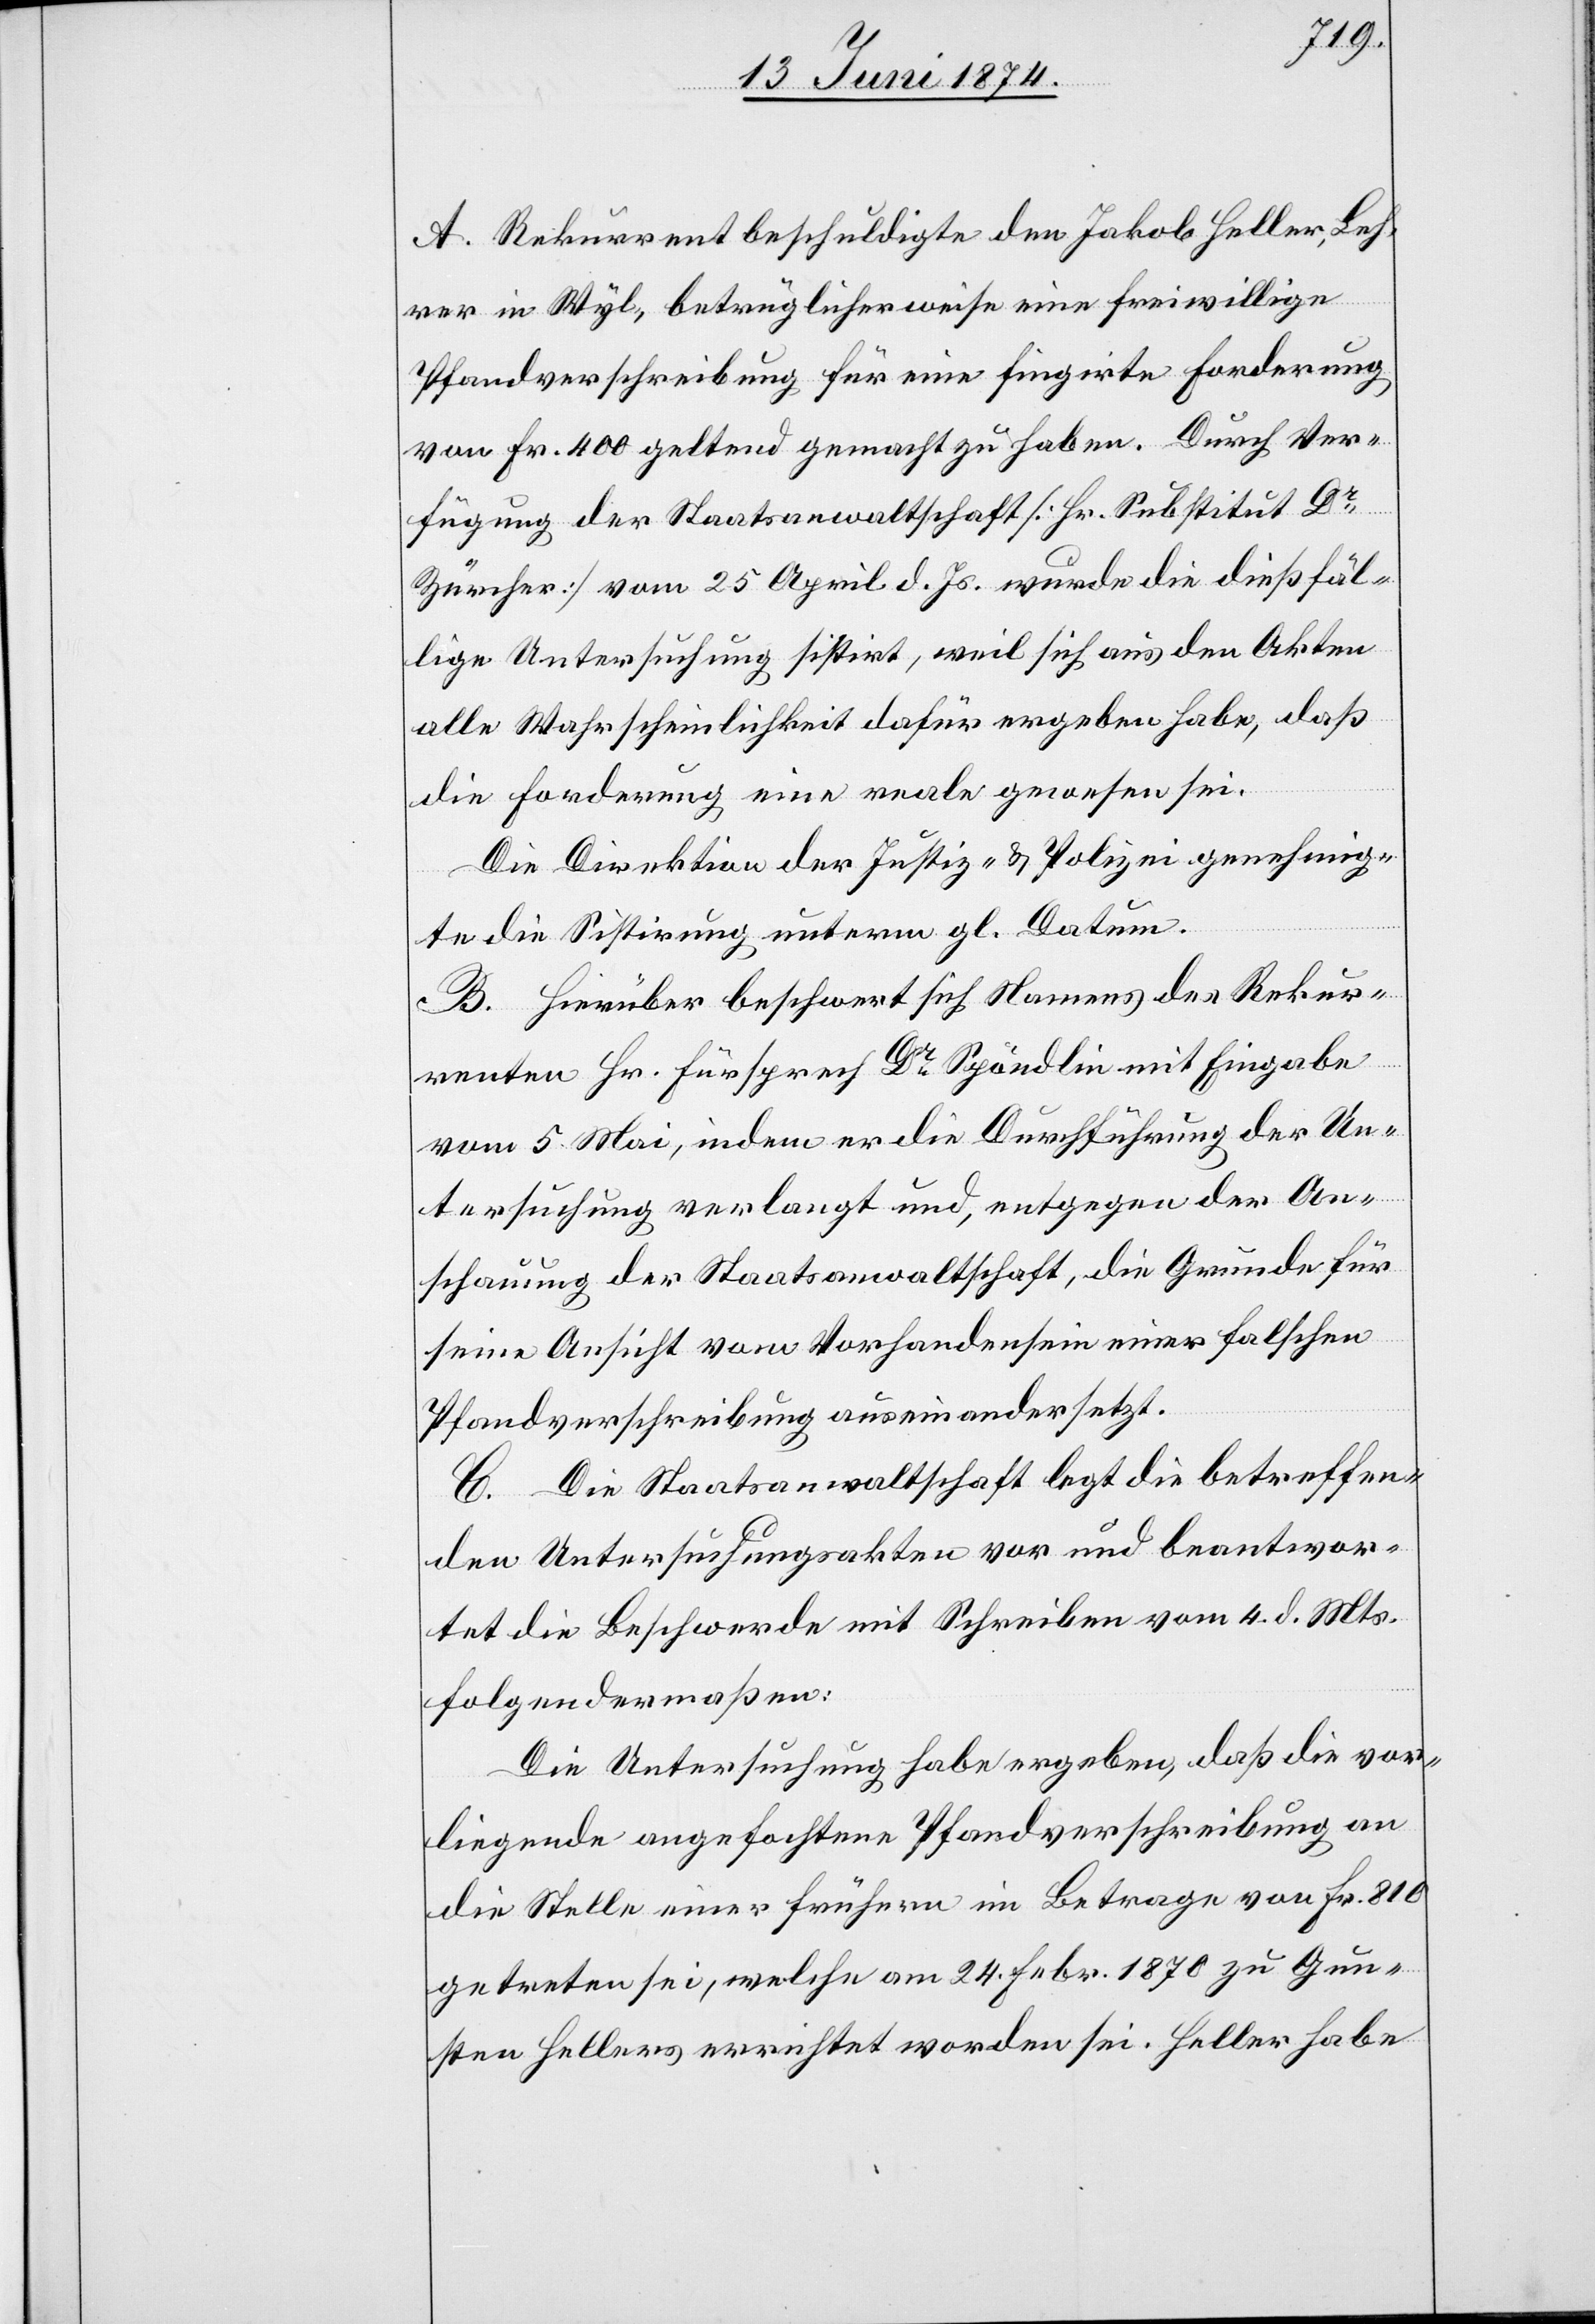
A. Rekurrent beschuldigte den Jakob Heller, Leh¬
rer in Wyl, betrüglicherweise eine freiwillige
Pfandverschreibung für eine fingirte Forderung
von Fr. 400 geltend gemacht zu haben. Durch Ver¬
fügung der Staatsanwaltschaft [Hr. Substitut Dr
Zürcher] vom 25. April d. Js. wurde die dießfäl¬
lige Untersuchung sistirt, weil sich aus den Akten
alle Wahrscheinlichkeit dafür ergeben habe, daß
die Forderung eine reale gewesen sei.
Die Direktion der Justiz u. Polizei genehmig¬
te die Sistirung unterm gl. Datum.
B. Hierüber beschwert sich Namens des Rekur¬
renten Hr. Fürsprech Dr Spöndlin mit Eingabe
vom 5. Mai, indem er die Durchführung der Un¬
tersuchung verlangt und, entgegen der An¬
schauung der Staatsanwaltschaft, die Gründe für
seine Ansicht vom Vorhandensein einer falschen
Pfandverschreibung auseinandersetzt.
C. Die Staatsanwaltschaft legt die betreffen¬
den Untersuchungsakten vor und beantwor¬
tet die Beschwerde mit Schreiben vom 4. d. Mts.
folgendermaßen:
Die Untersuchung habe ergeben, daß die vor¬
liegende angefochtene Pfandverschreibung an
die Stelle einer frühern im Betrage von Fr. 810
getreten sei, welche am 24. Febr. 1870 zu Gun¬
sten Hellers errichtet worden sei. Heller habe